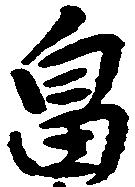
畠